Annual administration report of the Civil Veterinary Department of India - 1897-1898
Year: 1897
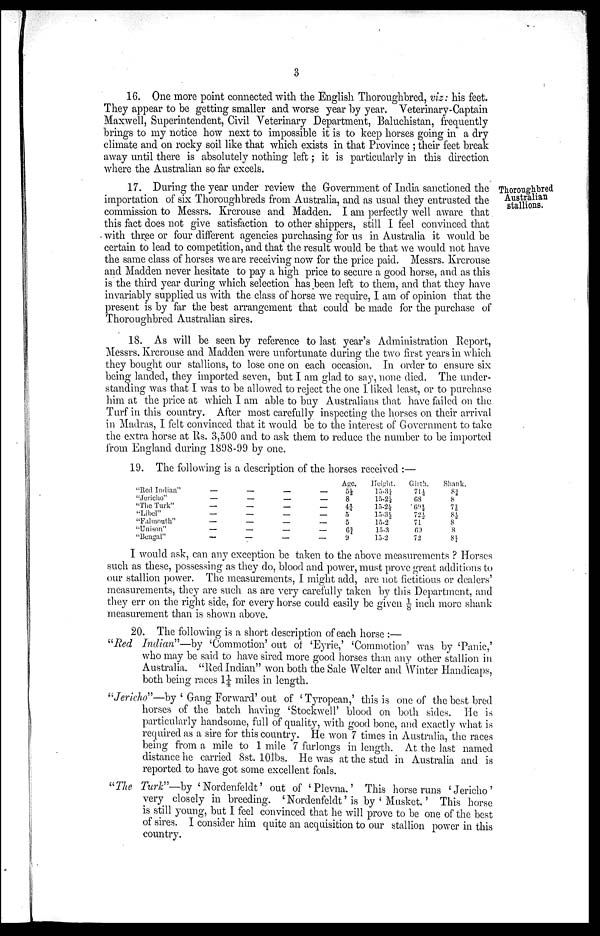
3
16. One more point connected with the English Thoroughbred, viz: his feet.
They appear to be getting smaller and worse year by year. Veterinary-Captain
Maxwell, Superintendent, Civil Veterinary Department, Baluchistan, frequently
brings to my notice how next to impossible it is to keep horses going in a dry
climate and on rocky soil like that which exists in that Province ; their feet break
away until there is absolutely nothing left; it is particularly in this direction
where the Australian so far excels.
Thoroughbred
Australian
stallions.
17. During the year under review the Government of India sanctioned the
importation of six Thoroughbreds from Australia, and as usual they entrusted the
commission to Messrs. Krcrouse and Madden. I am perfectly well aware that
this fact does not give satisfaction to other shippers, still I feel convinced that
with three or four different agencies purchasing for us in Australia it would be
certain to lead to competition, and that the result would be that we would not have
the same class of horses we are receiving now for the price paid. Messrs. Krcrouse
and Madden never hesitate to pay a high price to secure a good horse, and as this
is the third year during which selection has been left to them, and that they have
invariably supplied us with the class of horse we require, I am of opinion that the
present is by far the best arrangement that could be made for the purchase of
Thoroughbred Australian sires.
18. As will be seen by reference to last year's Administration Report,
Messrs. Krcrouse and Madden were unfortunate during the two first years in which
they bought our stallions, to lose one on each occasion. In order to ensure six
being landed, they imported seven, but I am glad to say, none died. The under
standing was that I was to be allowed to reject the one I liked least, or to purchase
him at the price at which I am able to buy Australians that have failed on the
Turf in this country. After most carefully inspecting the horses on their arrival
in Madras, I felt convinced that it would be to the interest of Government to take
the extra horse at Rs. 3,500 and to ask them to reduce the number to be imported
from England during 1898-99 by one.
19. The following is a description of the horses received :—
"Red Indian"
"Jericho"
"The Turk"
"Libel"
"Falmouth"
"Unison"
"Bengal"
—
—
—
—
—
—
—
—
—
—
—
—
—
—
—
—
—
—
—
—
—
—
—
—
—
—
—
—
Age.
5½
8
4¾
5
5
6¾
9
Height
15-3¼
15-2½
15-2½
15-3½
15-2
15-3
15-2
Girth.
71¼
68
69½
72½
71
69
72
Shank.
8⅜
8
7⅞
8⅛
8
8
8¼
I would ask, can any exception be taken to the above measurements ? Horses
such as these, possessing as they do, blood and power, must prove great additions to
our stallion power. The measurements, I might add, are not fictitious or dealers'
measurements, they are such as are very carefully taken by this Department, and
they err on the right side, for every horse could easily be given 1/8 inch more shank
measurement than is shown above.
20. The following is a short description of each horse :—
"Red Indian"—by 'Commotion' out of 'Eyrie,' 'Commotion' was by 'Panic,'
who may be said to have sired more good horses than any other stallion in
Australia. "Red Indian" won both the Sale Welter and Winter Handicaps,
both being races 1¼ miles in length.
"Jericho"—by ' Gang Forward' out of 'Tyropean,' this is one of the best bred
horses of the batch having 'Stockwell' blood on both sides. He is
particularly handsome, full of quality, with good bone, and exactly what is
required as a sire for this country. He won 7 times in Australia, the races
being from a mile to 1 mile 7 furlongs in length. At the last named
distance he carried 8st. 10lbs. He was at the stud in Australia and is
reported to have got some excellent foals.
"The Turk"—by ' Nordenfeldt' out of 'Plevna.' This horse runs 'Jericho'
very closely in breeding. ' Nordenfeldt' is by ' Musket.' This horse
is still young, but I feel convinced that he will prove to be one of the best
of sires. I consider him quite an acquisition to our stallion power in this
country.